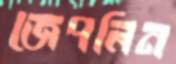
জেপলিন